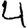
Digit: 4